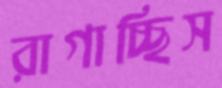
রাগাচ্ছিস